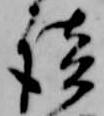
談